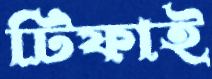
টিফাই